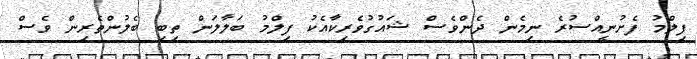
ފިލްމު ފެށުނީއްސުރެ ނިމެން ދެންވެސް ޝައުގުވެރިކާއެކު ފިލްމު ބަލާލަން ތިބި ބެލުންތެރިން ވެސް